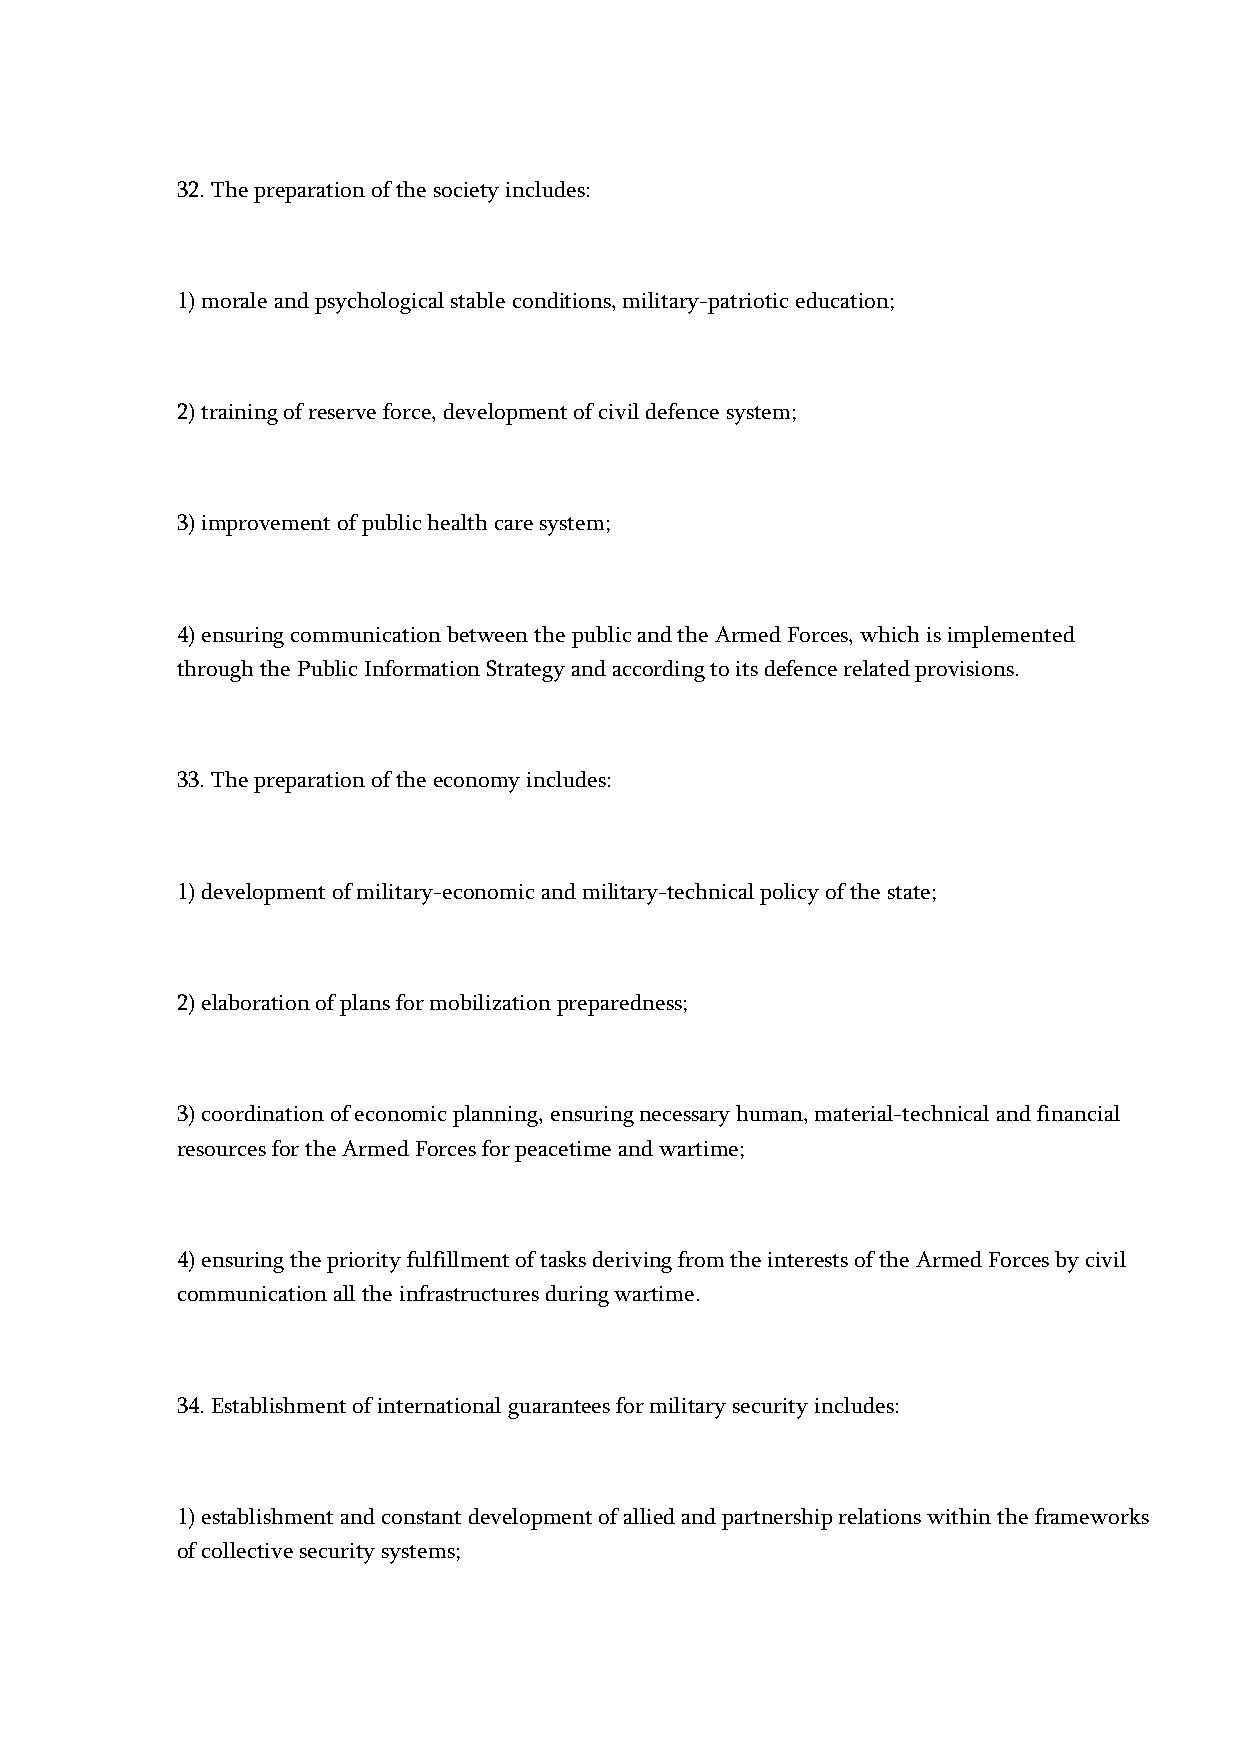
32. The preparation of the society includes:
 1) morale and psychological stable conditions, military-patriotic education;
 2) training of reserve force, development of civil defence system;
 3) improvement of public health care system;
 4) ensuring communication between the public and the Armed Forces, which is implemented
 through the Public Information Strategy and according to its defence related provisions.
 33. The preparation of the economy includes:
 1) development of military-economic and military-technical policy of the state;
 2) elaboration of plans for mobilization preparedness;
 3) coordination of economic planning, ensuring necessary human, material-technical and financial
 resources for the Armed Forces for peacetime and wartime;
 4) ensuring the priority fulfillment of tasks deriving from the interests of the Armed Forces by civil
 communication all the infrastructures during wartime.
 34. Establishment of international guarantees for military security includes:
 1) establishment and constant development of allied and partnership relations within the frameworks
 of collective security systems;